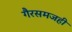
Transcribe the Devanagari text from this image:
गैरसमजही